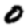
Digit: 0